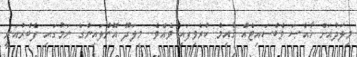
މިލަދުއަށް ޚާއްޞަ ވެބްސައިޓެއް ޤާއިމް ކުރެވިފައި ވެއެވެ. މިލަދޫ އޮންލައިންގެ ނަމުގައި ފެބްރުއަރީ